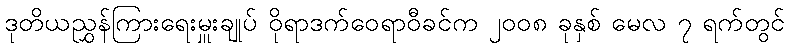
ဒုတိယညွှန်ကြားရေးမှူးချုပ် ဝိုရာဒက်ဝေရာဝီခင်က ၂၀၀၈ ခုနှစ် မေလ ၇ ရက်တွင်